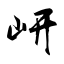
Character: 岍